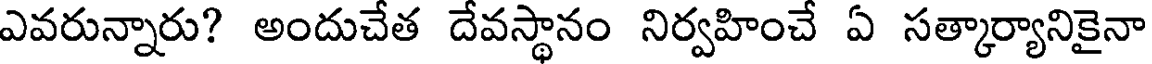
ఎవరున్నారు? అందుచేత దేవస్థానం నిర్వహించే ఏ సత్కార్యానికైనా